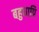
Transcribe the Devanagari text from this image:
बहुधापि